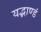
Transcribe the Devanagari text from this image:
यद्भाण्डं